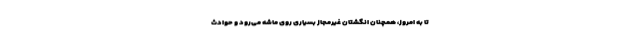
تا به امروز، همچنان انگشتان غیرمجاز بسیاری روی ماشه می‌رود و حوادث